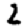
Digit: 2